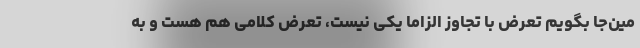
مین‌جا بگویم تعرض با تجاوز الزاما یکی نیست، تعرض کلامی هم هست و به